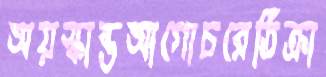
অয়স্কান্তআগোচরেঠিক্‌রা